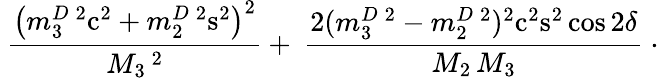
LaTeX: \ \frac{\left(m_{3}^{D}\, ^{2}\mathrm{c}^{2}+m_{2}^{D}\, ^{2}\mathrm{s}^{2}\right)^{2}}{M_{3}\, ^{2}}+\ \frac{2(m_{3}^{D}\, ^{2}-m_{2}^{D}\, ^{2})^{2}\mathrm{c}^{2}\mathrm{s}^{2}\, {\cos 2\delta}}{M_{2}\, M_{3}}~\cdot